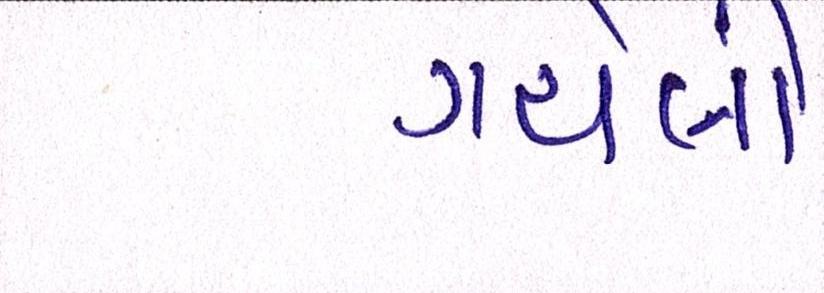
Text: ગયેલી